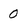
Character: 0